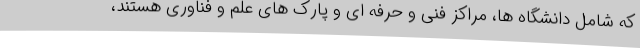
که شامل دانشگاه ها، مراکز فنی و حرفه ای و پارک های علم و فناوری هستند،